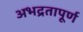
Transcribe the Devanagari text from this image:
अभद्रतापूर्ण